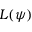
L ( \psi )